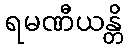
ရမဏီယန္တိ